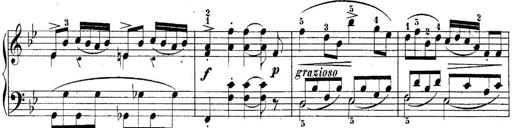
Title: 10 Sonatines progressives
Composer: Anton Schmoll